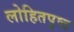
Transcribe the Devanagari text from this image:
लोहितपृष्ठ